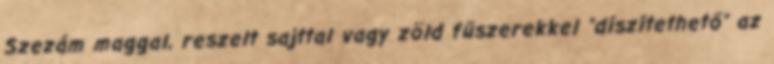
Szezám maggal, reszelt sajttal vagy zöld fűszerekkel "díszítethető" az